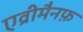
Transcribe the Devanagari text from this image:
एव्रीमैनफ़